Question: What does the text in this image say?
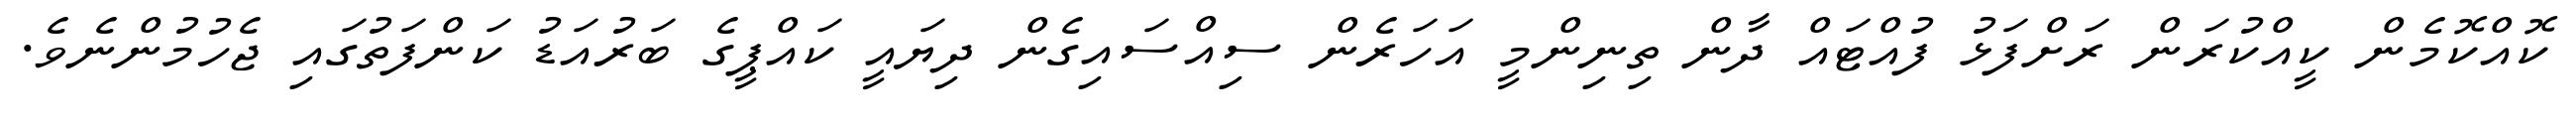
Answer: ކޮއްކޮމެން ކީއްކުރަން ރަށްފަޅު ފުއްޓައް ދާން ތިނިންމީ އަހަރެން ސިއްސައިގެން ދިޔައީ ކައްޕީގެ ބަރުއަޑު ކަންފަތުގައި ޖެހުމުންނެވެ.